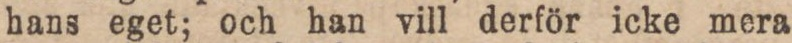
hans eget; och han vill derför icke mera